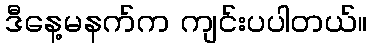
ဒီနေ့မနက်က ကျင်းပပါတယ်။